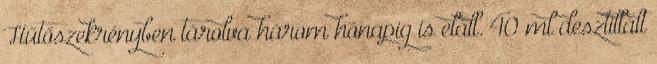
Hűtőszekrényben tárolva három hónapig is eláll. 40 ml desztillált